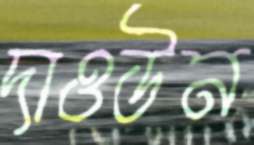
দাওউন